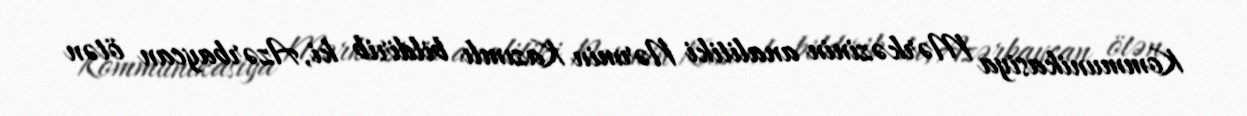
Kommunikasiya Mərkəzinin analitiki Nərmin Kazımlı bildirib ki, Azərbaycan ötən